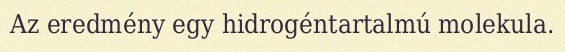
Az eredmény egy hidrogéntartalmú molekula.